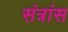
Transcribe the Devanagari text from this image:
संत्रांस